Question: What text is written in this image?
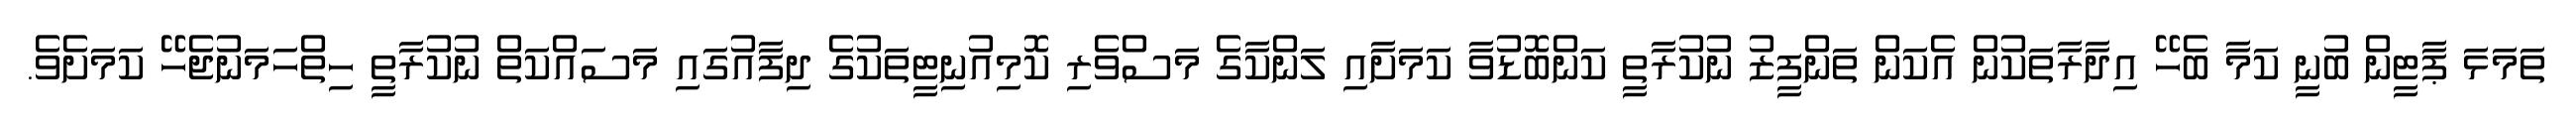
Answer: ތަމަޅަ ޕާޓީން ބުނީ ކަމާ ބެހޭ އިދާރާތަކުން އެކަން ތަންފީޒު ނުކުރާތީ ކަންބޮޑުވާ ކަމަށާއި ލަންކާގެ މަސްވެރި ކޮމިއުނިޓީތަކުގެ ދިފާއުގައި މަސައްކަތް ނުކުރާތީ ހިތްހަމަނުޖެހޭ ކަމަށެވެ.